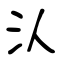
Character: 汄